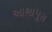
આશાપૂરા